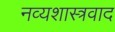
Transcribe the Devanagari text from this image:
नव्यशास्त्रवाद